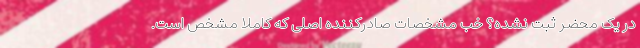
در یک محضر ثبت نشده؟ خب مشخصات صادرکننده‌ اصلی که کاملا مشخص است.